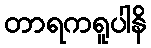
တာရကရူပါနိ